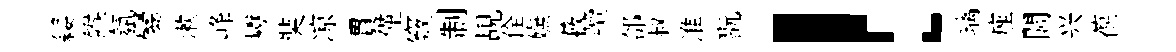
纓餱氛爨漱峰巘奘凉貫僅竅制覘佺嫵蔽贖郃叔淮翫！璃座閭兴葆